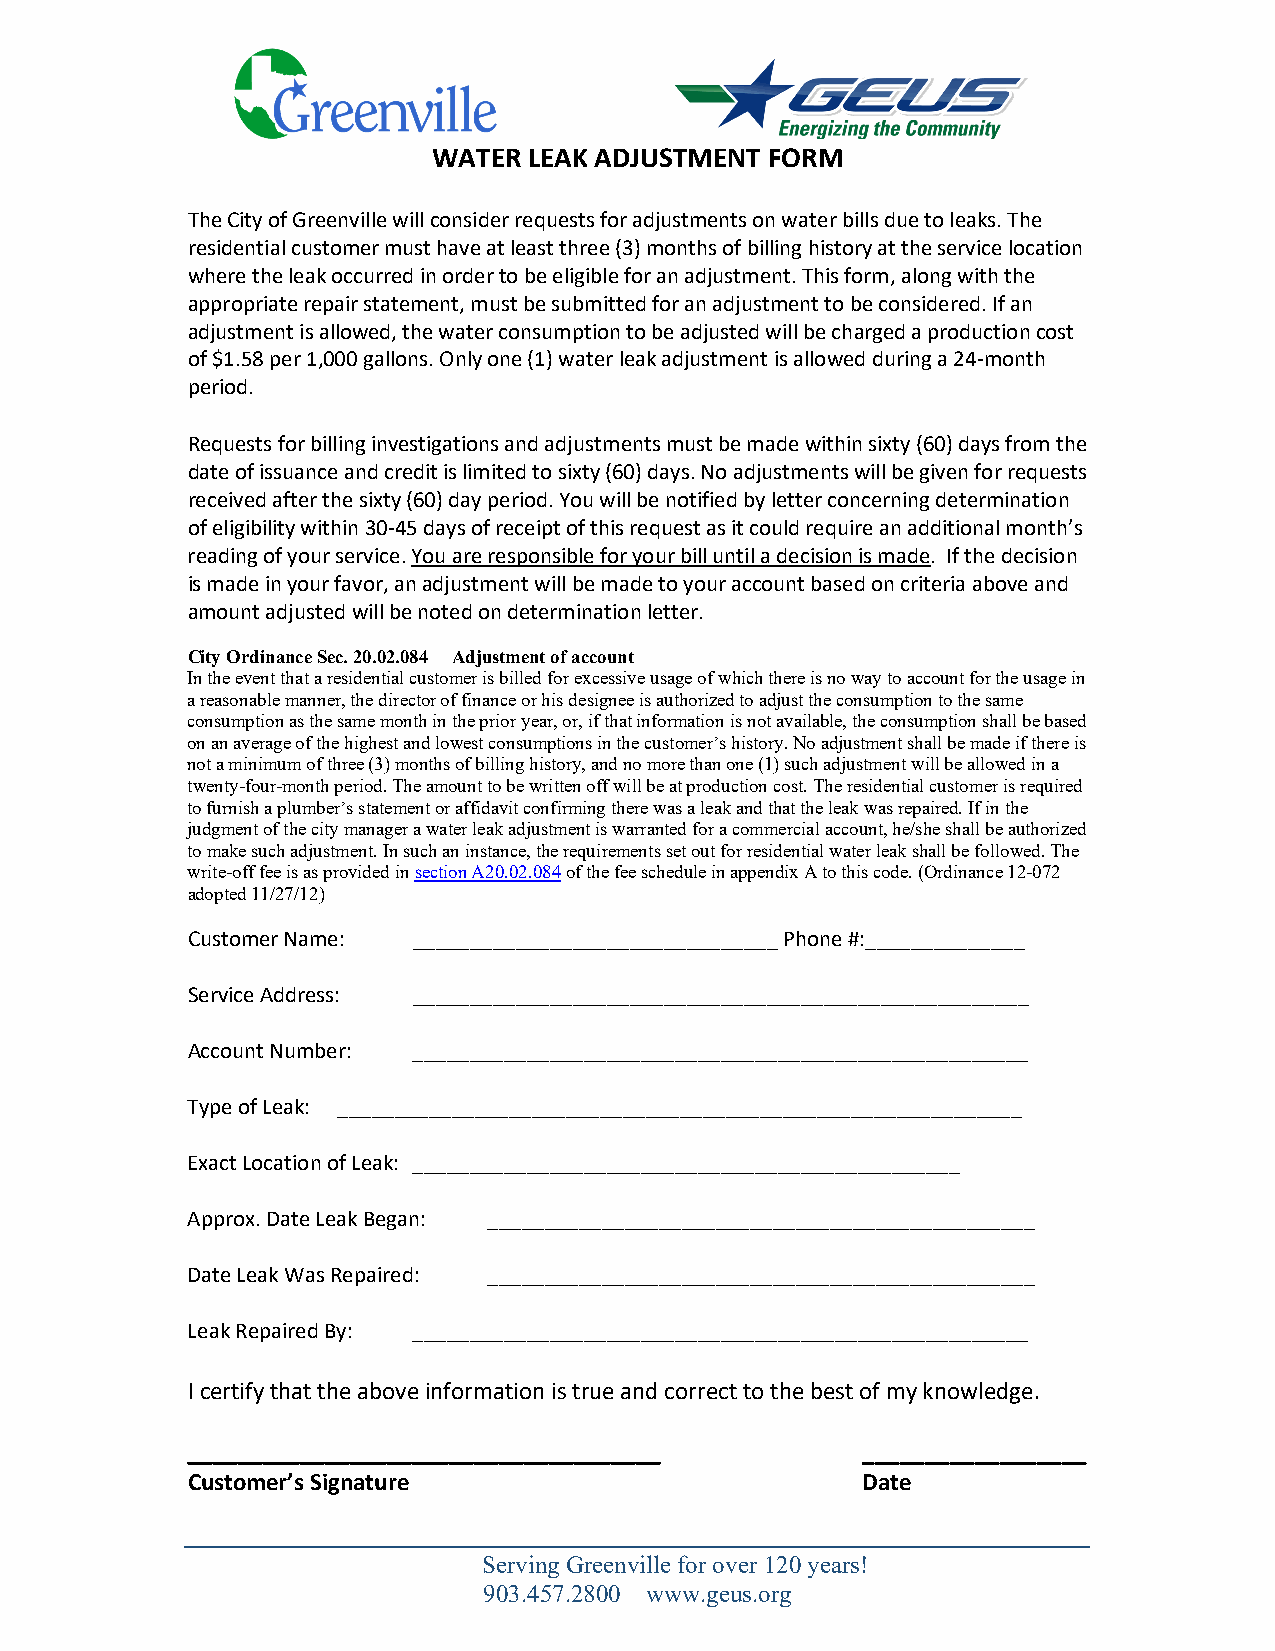
WATER LEAK ADJUSTMENT FORM
 The City of Greenville will consider requests for adjustments on water bills due to leaks. The
 residential customer must have at least three (3) months of billing history at the service location
 where the leak occurred in order to be eligible for an adjustment. This form, along with the
 appropriate repair statement, must be submitted for an adjustment to be considered. If an
 adjustment is allowed, the water consumption to be adjusted will be charged a production cost
 of $1.58 per 1,000 gallons. Only one (1) water leak adjustment is allowed during a 24-month
 period.
 Requests for billing investigations and adjustments must be made within sixty (60) days from the
 date of issuance and credit is limited to sixty (60) days. No adjustments will be given for requests
 received after the sixty (60) day period. You will be notified by letter concerning determination
 of eligibility within 30-45 days of receipt of this request as it could require an additional month’s
 reading of your service. You are responsible for your bill until a decision is made. If the decision
 is made in your favor, an adjustment will be made to your account based on criteria above and
 amount adjusted will be noted on determination letter.
 City Ordinance Sec. 20.02.084 Adjustment of account
 In the event that a residential customer is billed for excessive usage of which there is no way to account for the usage in
 a reasonable manner, the director of finance or his designee is authorized to adjust the consumption to the same
 consumption as the same month in the prior year, or, if that information is not available, the consumption shall be based
 on an average of the highest and lowest consumptions in the customer’s history. No adjustment shall be made if there is
 not a minimum of three (3) months of billing history, and no more than one (1) such adjustment will be allowed in a
 twenty-four-month period. The amount to be written off will be at production cost. The residential customer is required
 to furnish a plumber’s statement or affidavit confirming there was a leak and that the leak was repaired. If in the
 judgment of the city manager a water leak adjustment is warranted for a commercial account, he/she shall be authorized
 to make such adjustment. In such an instance, the requirements set out for residential water leak shall be followed. The
 write-off fee is as provided in section A20.02.084 of the fee schedule in appendix A to this code. (Ordinance 12-072
 adopted 11/27/12)
 Customer Name: ________________________________ Phone #:______________
 Service Address: ______________________________________________________
 Account Number: ______________________________________________________
 Type of Leak: ____________________________________________________________
 Exact Location of Leak: ________________________________________________
 Approx. Date Leak Began: ________________________________________________
 Date Leak Was Repaired: ________________________________________________
 Leak Repaired By: ______________________________________________________
 I certify that the above information is true and correct to the best of my knowledge.
 ______________________________________       __________________
 Customer’s Signature                         Date
 Serving Greenville for over 120 years!
 903.457.2800 www.geus.org